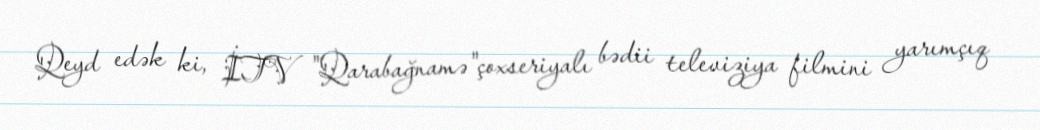
Qeyd edək ki, İTV "Qarabağnamə"çoxseriyalı bədii televiziya filmini yarımçıq